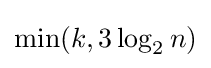
\min(k,3\log _{2}n)